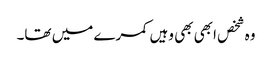
وہ شخص ابھی بھی وہیں کمرے میں تھا۔